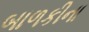
બાળકીના